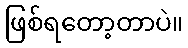
ဖြစ်ရတော့တာပဲ။